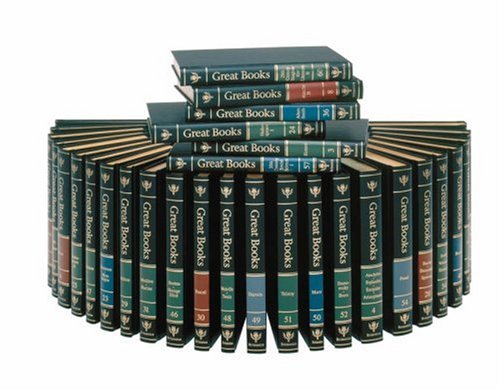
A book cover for Great Books of the Western World; Mortimer J. Adler; Literature & Fiction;